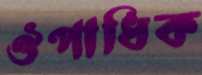
ঔপাধিক